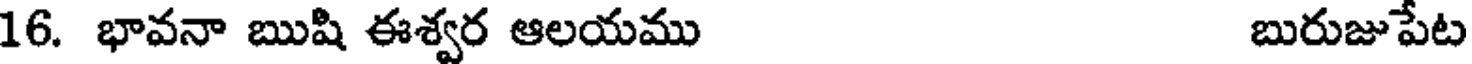
16. భావనా ఋషి ఈశ్వర ఆలయము బురుజుపేట